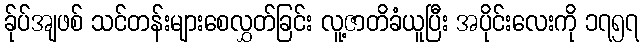
ခ်ုပ်အျဖစ် သင်တန်းများစေလွှတ်ခြင်း လူ့ဇာတိခံယူပြီး အပိုင်းလေးကို ၁၇၅၇